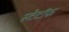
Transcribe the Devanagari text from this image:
स्टेटॉफ